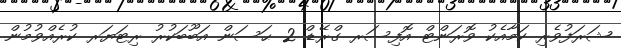
ޝަރަފުވެރި ކަމާއެކު ވޮރަންޓް އޮފިސަރ ގްރޭޑް 2 ޙަސަން އަބޫބަކުރު ރިޓަޔަރ ކުރެއްވުމުން